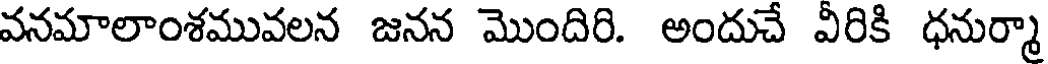
వనమాలాంశమువలన జనన మొందిరి. అందుచే వీరికి ధనుర్మా